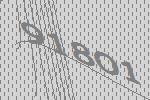
91801